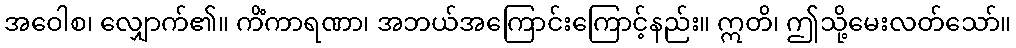
အဝေါစ၊ လျှောက်၏။ ကိံကာရဏာ၊ အဘယ်အကြောင်းကြောင့်နည်း။ ဣတိ၊ ဤသို့မေးလတ်သော်။